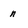
Character: n